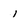
Character: 1